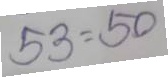
53 = 50